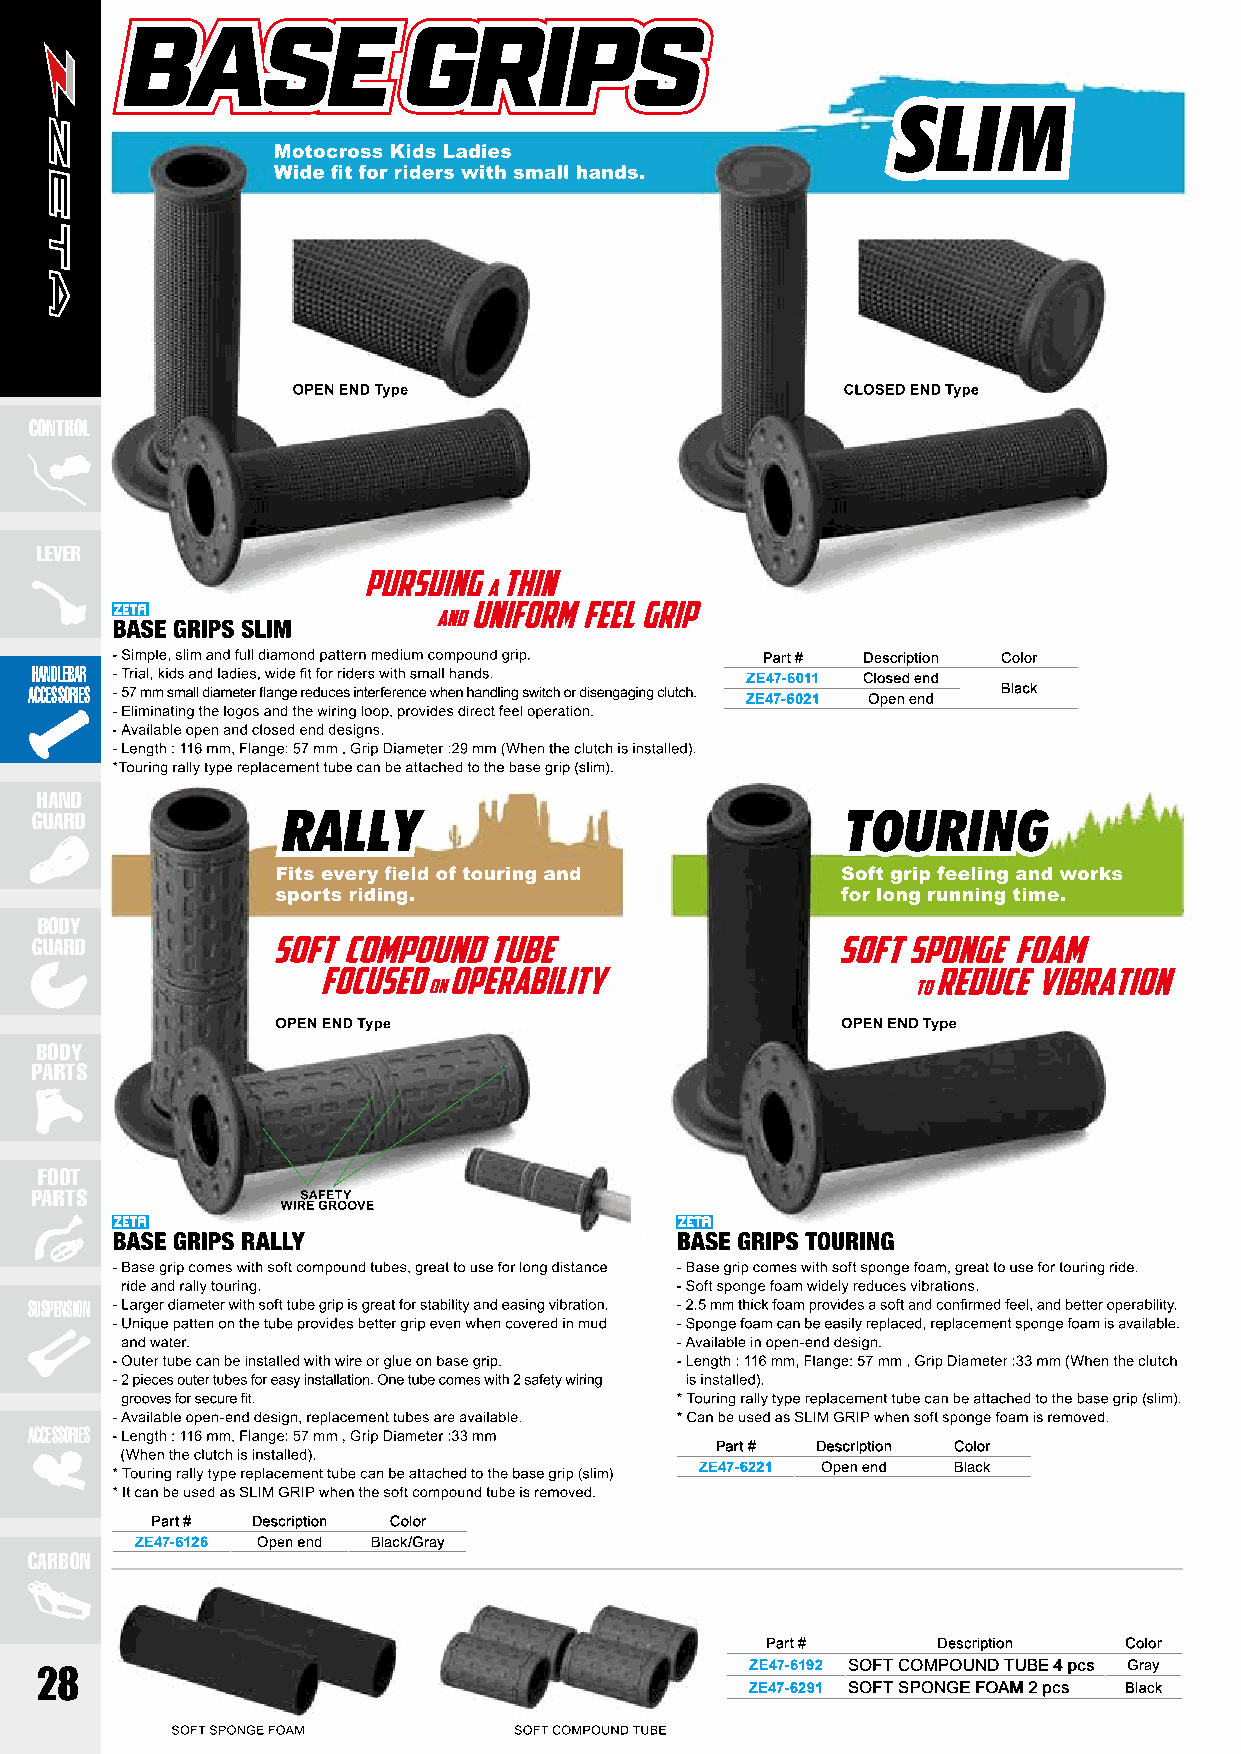
CONTROL
 LEVER
 Part # Description Color
 HANDLEBAR
 ZE47-6011 Closed end
 ACCESSORIES                                                     Black
 ZE47-6021 Open end
 HAND
 GUARD
 BODY
 GUARD
 BODY
 PARTS
 FOOT
 PARTS
 SUSPENSION
 ACCESSORIES
 Part # Description Color
 ZE47-6221 Open end Black
 Part # Description Color
 ZE47-6126 Open end Black/Gray
 CARBON
 Part #     Description Color
 ZE47-6192 SOFT COMPOUND TUBE 4 pcs Gray
 28
 ZE47-6291 SOFT SPONGE FOAM 2 pcs Black